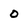
Character: O